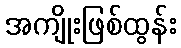
အကျိုးဖြစ်ထွန်း